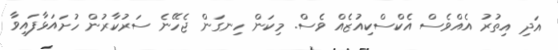
އަދި އިތުރު އެއްވެސް އެކްސްކިއުޒެއް ވެސް. މިކަން ހިނގަން ޖެހޭނެ ސަރުކާރުން ހުށައަޅާފައިވާ